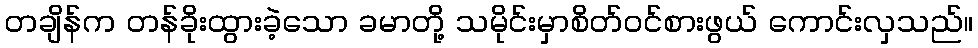
တချိန်က တန်ခိုးထွားခဲ့သော ခမာတို့ သမိုင်းမှာစိတ်ဝင်စားဖွယ် ကောင်းလှသည်။